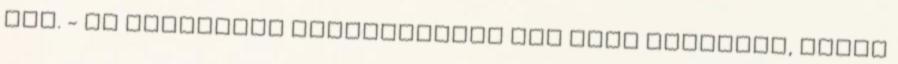
írd. - ha személyes megjegyzésed van vagy panaszod, akkor